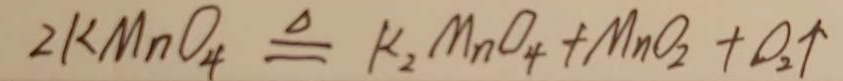
2 k M n O _ { 4 } \xlongequal { \Delta } k _ { 2 } M n O _ { 4 } + M n O _ { 2 } + O _ { 2 } \uparrow